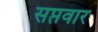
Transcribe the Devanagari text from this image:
सप्तवार